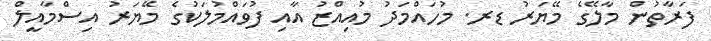
ފަރާތުން މާލޭގެ މޭޔަރު ޑރ. މުހައްމަދު މުއިއްޒު އާއި ފުވައްމުލަކުގެ މޭޔަރު އިސްމާއީލް